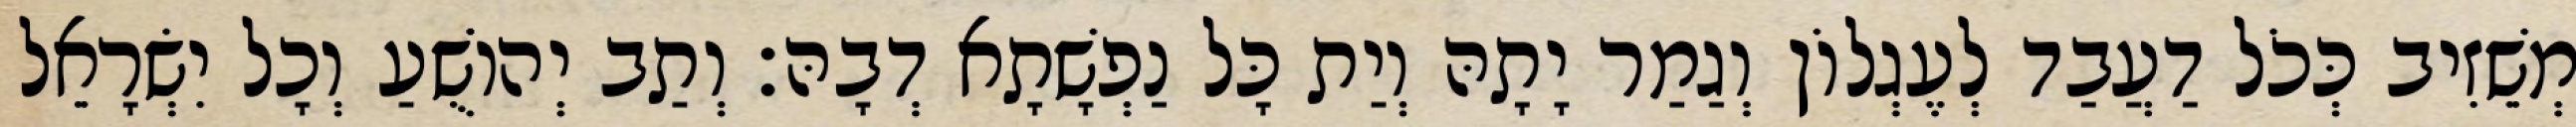
מְשֵׁזִיב כְּכֹל דַעֲבַד לְעֶגְלוֹן וְגַמַר יָתָהּ וְיַת כָּל נַפְשָׁתָא דְבָהּ׃ וְתַב יְהוֹשֻׁעַ וְכָל יִשְׂרָאֵל